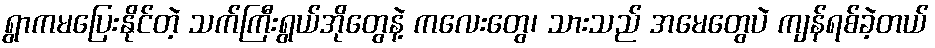
ရွာကမပြေးနိုင်တဲ့ သက်ကြီးရွယ်အိုတွေနဲ့ ကလေးတွေ၊ သားသည် အမေတွေပဲ ကျန်ရစ်ခဲ့တယ်